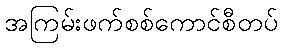
အကြမ်းဖက်စစ်ကောင်စီတပ်